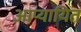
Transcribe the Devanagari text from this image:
आप्यायित